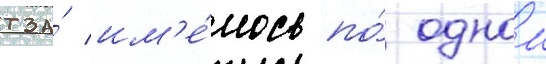
тза́ им'е́лось по́ однои